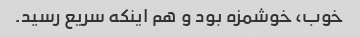
خوب، خوشمزه بود و هم اینکه سریع رسید.